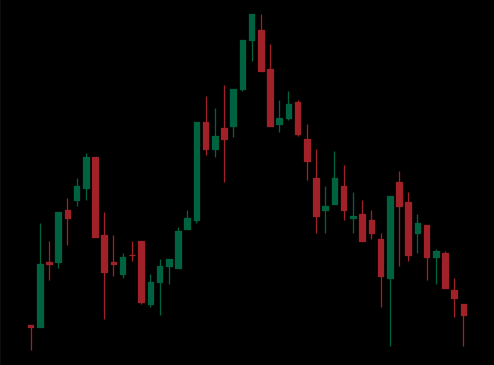
Pattern: head_shoulders